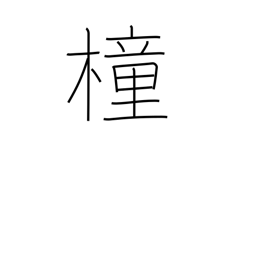
Meaning: pole